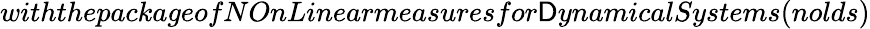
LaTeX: withthepackageofNOnLinearmeasuresfor\mathsf{D}ynamicalSystems(nolds)